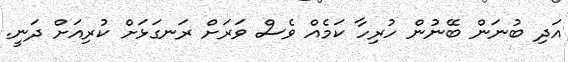
އަދި ބުނަން ބޭނުން ހުރިހާ ކަމެއް ވެސް ވަރަށް ރަނގަޅަށް ކުރިއަށް ދަނީ.